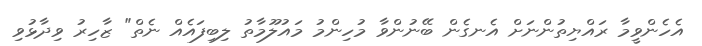
އެހެންވީމާ ރައްޔިތުންނަށް އެނގެން ބޭނުންވާ މުހިންމު މައުލޫމާތު ލިބިފައެއް ނެތް" ޒާހިރު ވިދާޅުވި